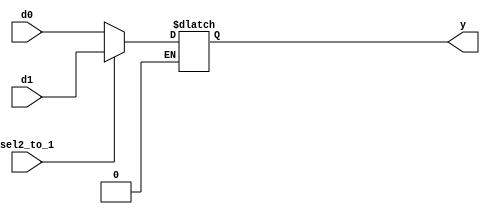
// mux2
module MUX2#(parameter WIDTH = 32)(d0,d1,sel2_to_1,y);
    input [WIDTH-1:0] d0,d1;
    input sel2_to_1;
    output [WIDTH-1:0] y;
    reg [WIDTH-1:0] y_r;
    always @(d0,d1,sel2_to_1)begin
        if (sel2_to_1 == 1'b1 ) y_r = d1;
        else if (sel2_to_1 == 1'b0) y_r = d0;
       
    end
    assign y=y_r;
endmodule

// mux4

module MUX4 #(
    parameter WIDTH=8
) (
    d0,d1,d2,d3,sel4_to_1,y
);
    input [WIDTH-1:0] d0,d1,d2,d3;
    input [1:0] sel4_to_1;
    output [WIDTH-1:0] y;
    reg [WIDTH-1:0] y_r;
    always @(d0,d1,d2,d3,sel4_to_1) begin
        case (sel4_to_1)
            2'b00:y_r=d0;
            2'b01:y_r=d1;
            2'b10:y_r=d2;
            2'b11:y_r=d3;
            default : ;

        endcase 
    end
assign y=y_r;
endmodule